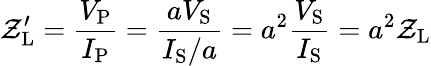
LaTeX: \mathcal{Z}_{\mathrm{{L}}}^{\prime}={\frac{{V_{\mathrm{{P}}}}}{{I_{\mathrm{{P}}}}}}={\frac{{aV_{\mathrm{{S}}}}}{{I_{\mathrm{{S}}}/a}}}=a^{2}{\frac{{V_{\mathrm{{S}}}}}{{I_{\mathrm{{S}}}}}}=a^{2}{\mathcal{Z}_{\mathrm{{L}}}}